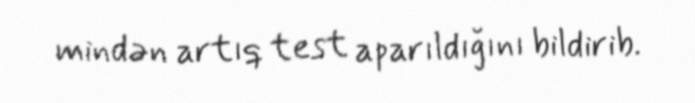
mindən artıq test aparıldığını bildirib.